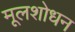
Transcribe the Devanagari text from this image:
मूलशोधन